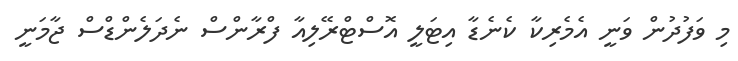
މި ވަފުދުން ވަނީ އެމެރިކާ ކެނެޑާ އިޓަލީ އޮސްޓްރޭލިއާ ފްރާންސް ނެދަލެންޑްސް ޖާމަނީ